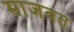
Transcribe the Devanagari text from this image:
माजवत